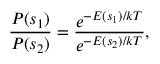
{ \frac { P ( s _ { 1 } ) } { P ( s _ { 2 } ) } } = { \frac { e ^ { - E ( s _ { 1 } ) / k T } } { e ^ { - E ( s _ { 2 } ) / k T } } } ,